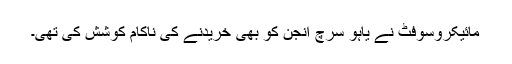
مائیکروسوفٹ نے یاہو سرچ انجن کو بھی خریدنے کی ناکام کوشش کی تھی۔